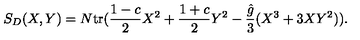
S _ { D } ( X , Y ) = N \mathrm { t r } ( { \frac { 1 - c } { 2 } } X ^ { 2 } + { \frac { 1 + c } { 2 } } Y ^ { 2 } - { \frac { \hat { g } } { 3 } } ( X ^ { 3 } + 3 X Y ^ { 2 } ) ) .